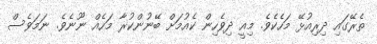
ތެރޭގައި ދިރިއުޅޭ މަހެކެވެ. މިއީ ދިވެހިން ކެއުމަށް ބޭނުންކުރާ މަހެއް ނޫނެވެ. ނަމަވެސް